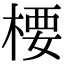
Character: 楆